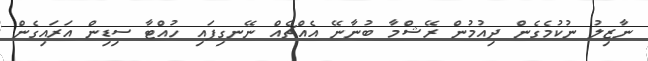
ނާޒިލު ނުކުމެގެން ދިއުމުން ރޭޝްމާ ބުނާނޭ އެއްޗެއް ނޭނގިފައި ހުއްޓާ ސިޑިން އަރައިގެން